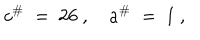
c ^ { \# } \ = \ 2 6 \ , \quad a ^ { \# } \ = \ 1 \ ,